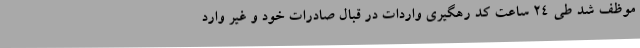
موظف شد طی 24 ساعت کد رهگیری واردات در قبال صادرات خود و غیر وارد